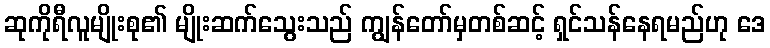
ဆုကိုရီလူမျိုးစု၏ မျိုးဆက်သွေးသည် ကျွန်တော်မှတစ်ဆင့် ရှင်သန်နေရမည်ဟု ဒေ